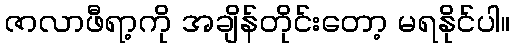
ဇာလာဖီရာ့ကို အချိန်တိုင်းတော့ မရနိုင်ပါ။